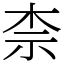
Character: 柰